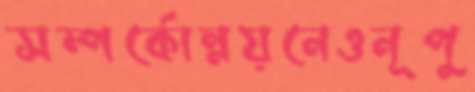
সম্পর্কোন্নয়নেওনূপু